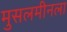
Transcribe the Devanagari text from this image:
मुसलमीनला